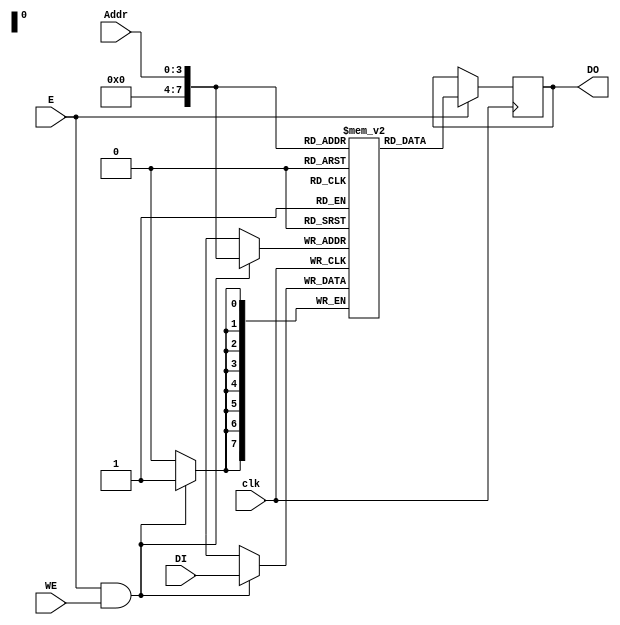
module tim( input clk,
    input E, // Enable port 
    input WE, // Write enable port
    input [3:0] Addr, // Address port 
    input [7:0] DI, // Data input port
    output reg [7:0] DO // Data output port
);

reg [7:0] data_mem [255:0];
// fpga4student.com: FPGA project, Verilog project, VHDL project
always @(posedge clk) 
begin
 if(E==1 && WE ==1) 
  data_mem[Addr] <= DI; 
end 

always @(posedge clk) 
begin
 if(E==1) 
  DO <= data_mem[Addr] ;
end 
endmodule